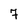
Character: 7